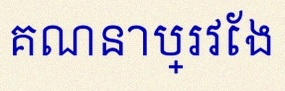
គណនាប្រវែង